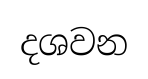
දශවන